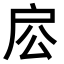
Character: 𢨱